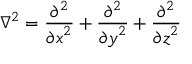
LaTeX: \nabla ^ { 2 } = { \frac { \partial ^ { 2 } } { { \partial x } ^ { 2 } } } + { \frac { \partial ^ { 2 } } { { \partial y } ^ { 2 } } } + { \frac { \partial ^ { 2 } } { { \partial z } ^ { 2 } } }